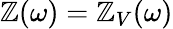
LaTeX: \mathbb{Z}(\omega)=\mathbb{Z}_{V}(\omega)